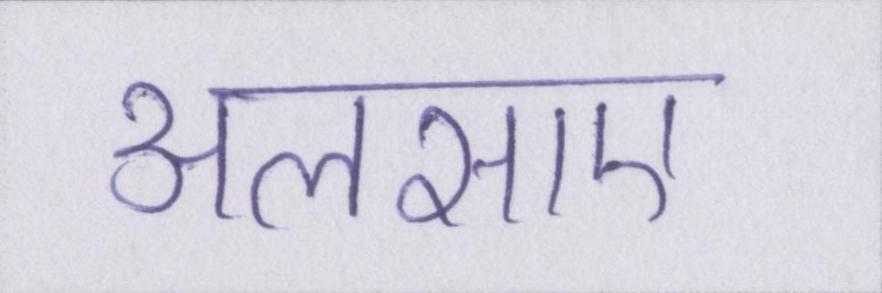
अलसाए